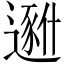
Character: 𱑐